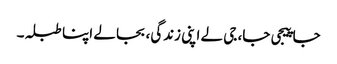
جا پیجی جا، جی لے اپنی زندگی، بجا لے اپنا طبلہ۔